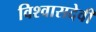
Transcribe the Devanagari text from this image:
विश्वासदेवी